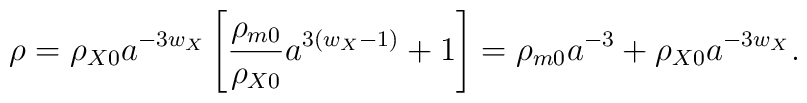
\rho = \rho_{X0} a^{-3w_{X}} \left[ \frac{\rho_{m0}}{\rho_{X0}}a^{3(w_{X}-1)} + 1 \right] = \rho_{m0}a^{-3} + \rho_{X0} a^{-3w_{X}}.